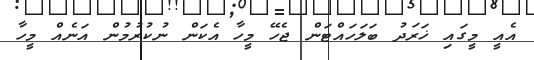
އެއީ މީގައި ޚަރަދު ބަލަހައްޓަން ޖެހޭ މީހާ އެކަން ނުކުރުމުން އަނެއް މީހާ